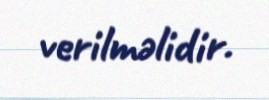
verilməlidir.